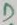
Text: D